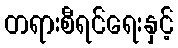
တရားစီရင်ရေးနှင့်